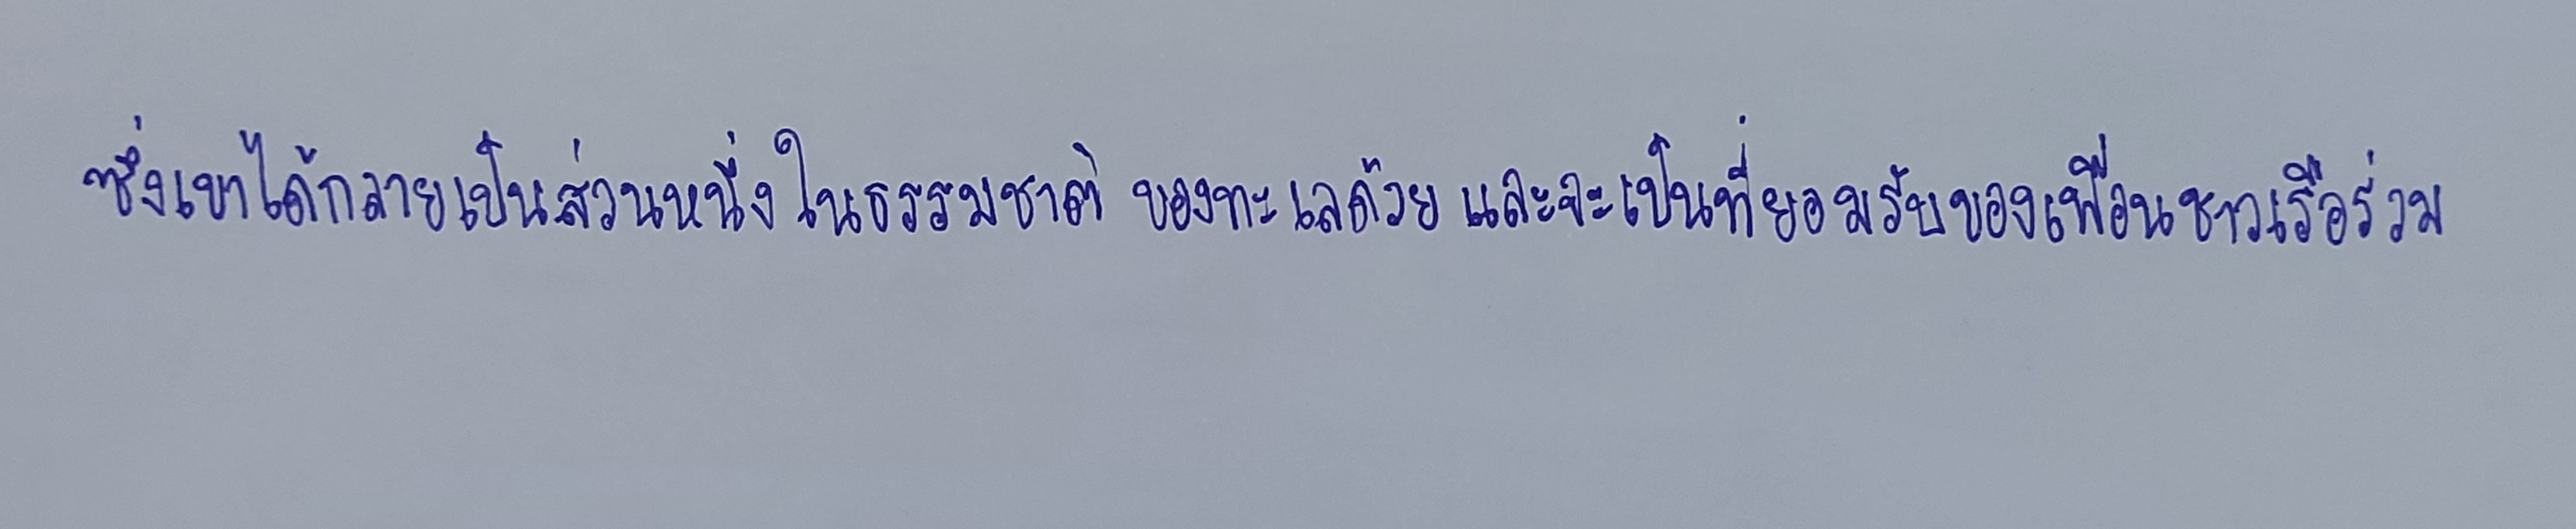
ซึ่งเขาได้กลายเป็นส่วนหนึ่งในธรรมชาติของทะเลด้วยและจะเป็นที่ยอมรับของเพื่อนชาวเรือร่วม